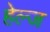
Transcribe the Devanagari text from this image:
हेल्ज